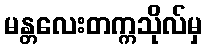
မန္တလေးတက္ကသိုလ်မှ